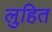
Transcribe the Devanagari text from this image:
लुहित